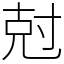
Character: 尅